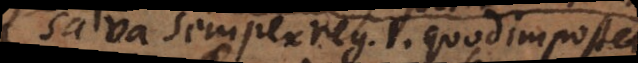
salva semper reg. 1. quod imposterum